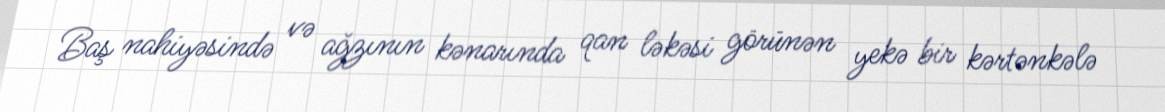
Baş nahiyəsində və ağzının kənarında qan ləkəsi görünən yekə bir kərtənkələ